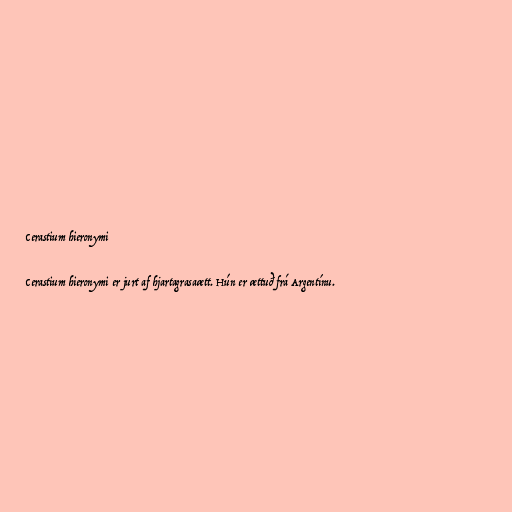
Cerastium hieronymi

Cerastium hieronymi er jurt af hjartagrasaætt. Hún er ættuð frá Argentínu.